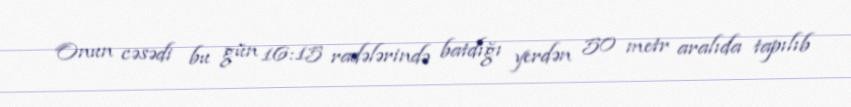
Onun cəsədi bu gün 16:15 radələrində batdığı yerdən 50 metr aralıda tapılıb